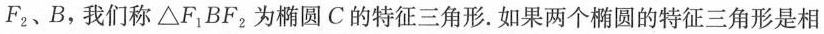
F_{2}、B，我们称\triangle F_{1}BF_{2}为椭圆C的特征三角形.如果两个椭圆的特征三角形是相